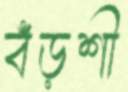
বঁড়শী